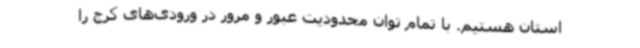
استان هستیم. با تمام توان محدودیت عبور و مرور در ورودی‌های کرج را